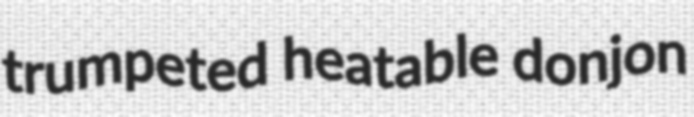
trumpeted heatable donjon